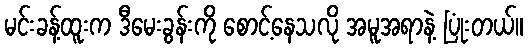
မင်းခန့်ထူးက ဒီမေးခွန်းကို စောင့်နေသလို အမူအရာနဲ့ ပြုံးတယ်။